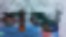
শঙ্খ